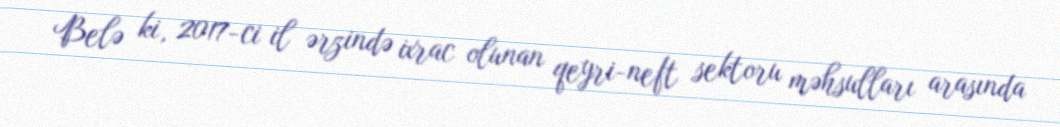
Belə ki, 2017-ci il ərzində ixrac olunan qeyri-neft sektoru məhsulları arasında